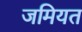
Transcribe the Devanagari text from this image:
जमियत